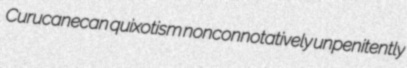
Curucanecan quixotism nonconnotatively unpenitently